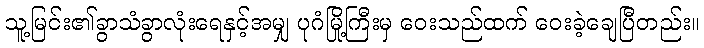
သူ့မြင်း၏ခွာသံခွာလုံးရေနှင့်အမျှ ပုဂံမြို့ကြီးမှ ဝေးသည်ထက် ဝေးခဲ့ချေပြီတည်း။